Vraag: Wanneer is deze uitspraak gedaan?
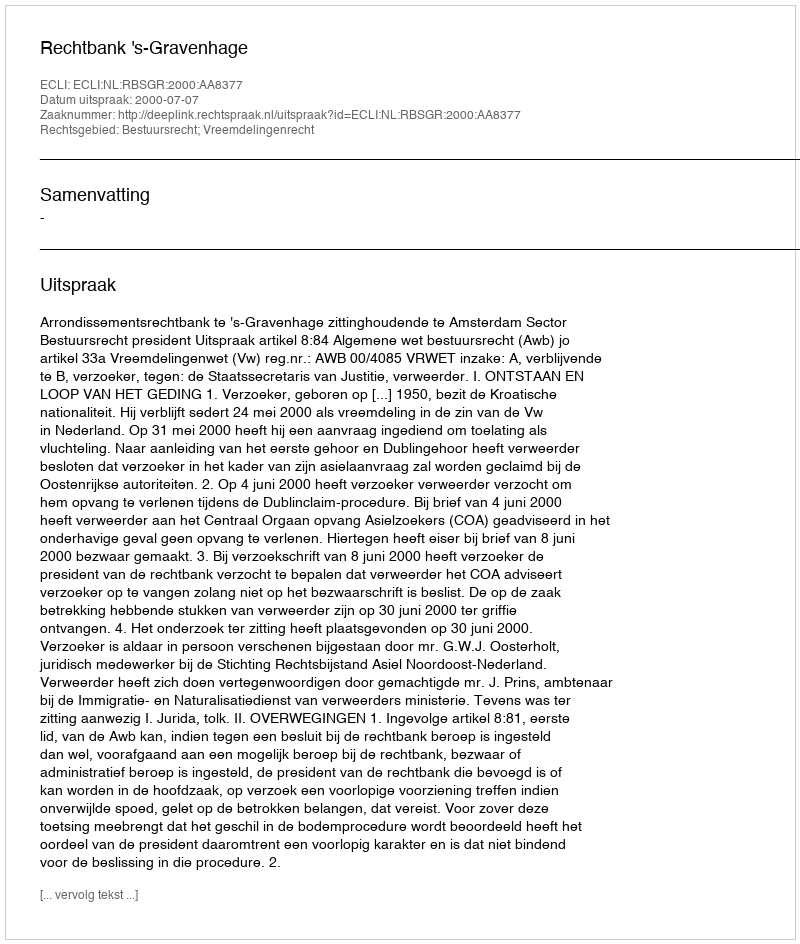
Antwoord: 2000-07-07